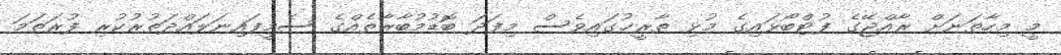
މީ މިހާތަނަށް ރާއްޖޭގެ ފުޓްބޯޅައިގެ މުޅި ތާރީޚުގައިވެސް މިފަދަ ބޮޑުމުބާރާތެއްގެ ސެމީފައިނަލައްދަތުރުކުރި ފުރަތަމަ